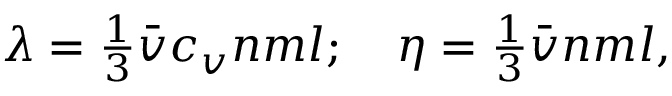
\begin{array} { r } { \lambda = \frac { 1 } { 3 } \bar { v } c _ { v } n m l ; \quad \eta = \frac { 1 } { 3 } \bar { v } n m l , } \end{array}